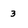
Character: 3